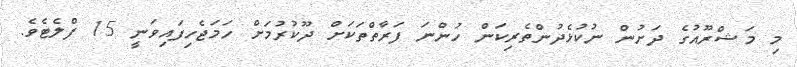
މި މަޝްރޫއުގެ ދަށުން ނުކުޅެދުންތެރިކަން ހުންނަ ފަރާތްތަކަށް ދޫކުރުމަށް ހަމަޖެހިފައިވަނީ 15 ފްލެޓެވެ.